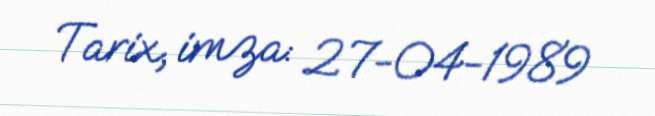
Tarix, imza: 27-04-1989